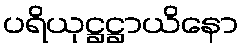
ပရိယုဋ္ဌဋ္ဌာယိနော